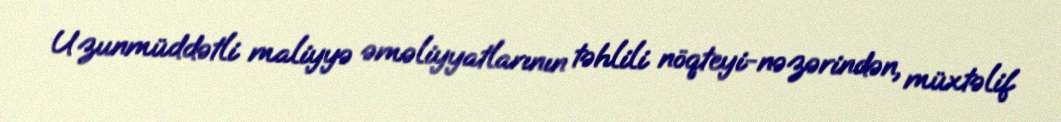
Uzunmüddətli maliyyə əməliyyatlarının təhlili nöqteyi-nəzərindən, müxtəlif